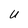
Character: U